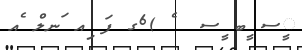
ީސ ީބ ީސ  ެ )6ގ ފަ ިއ ަނލް ެއ